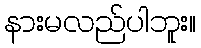
နားမလည်ပါဘူး။